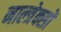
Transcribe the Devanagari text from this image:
नाल्त्रेक्सों